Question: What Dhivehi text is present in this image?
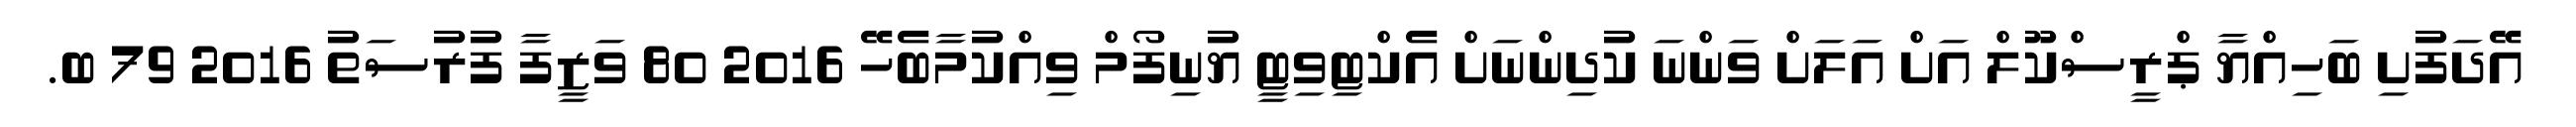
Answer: އޭދަފުށި ބަހިއްޔާ ޕްރީސްކޫލް އަށް އަލަށް ވަންނަ ކުދިންނަށް އެކްޓިވިޓީ ޔުނިފޯމް ވިއްކުމާބެހޭ 2016 80 ވަޒީފާ ފުރުސަތު 2016 79 ބ.